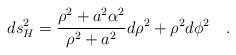
LaTeX: \begin{align*}ds^2_H={{\rho^2 +a^2\alpha^2} \over {\rho^2+a^2}} d\rho^2 +\rho^2 d\phi^2~~~.\end{align*}